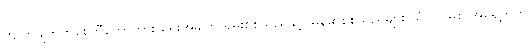
ကျိုက်ဖျက်ကူစေတီတော်ကား ရှေးအခါက ရှမ်းစစ်သည်နှင့် မြန်မာစစ်သည်များ သံလွင်မြစ် အရှေ့ဘက်